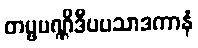
တမ္ဗပဏ္ဏိဒီပပသာဒကာနံ